Annual report of the Punjab Veterinary College and of the Civil Veterinary Department, Punjab - 1909-1919
Year: 1909
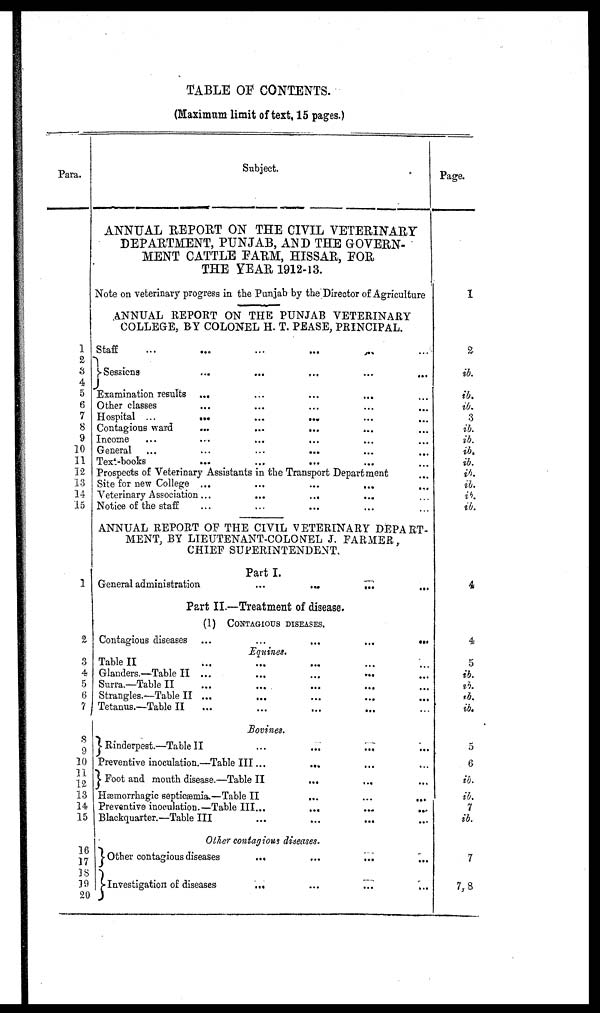
TABLE OF CONTENTS.
(Maximum limit of text, 15 pages.)
Para.
1
2
3
4
5
6
7
8
9
10
11
12
13
14
15
1
2
3
4
5
6
7
8
9
10
11
12
13
14
15
16
17
18
19
20
Subject.
ANNUAL REPORT ON THE CIVIL VETERINARY
DEPARTMENT, PUNJAB, AND THE GOVERN-
MENT CATTLE FARM, HISSAR, FOR
THE YEAR 1912-13.
Note on veterinary progress in the Punjab by the Director of Agriculture
ANNUAL REPORT ON THE PUNJAB VETERINARY
COLLEGE, BY COLONEL H. T. PEASE, PRINCIPAL.
Staff
...
...
...
...
...
...
Sessions
...
...
...
...
...
Examination results ... ... ...
Other classes
Hospital ...
...
...
...
Contagious ward
...
...
...
Income
General
...
...
...
...
Text-books
Prospects of Veterinary Assistants in the Transport Department
Site for new College ... ... ...
Veterinary Association ...
...
...
Notice of the staff
ANNUAL REPORT OF THE CIVIL VETERINARY DEPART-
MENT, BY LIEUTENANT-COLO MEL J. FARMER,
CHIEF SUPERINTENDENT.
Part I.
General administration
...
...
...
...
Part II.—Treatment of disease.
(1) CONTAGIOUS DISEASES.
Contagious diseases ...
...
...
...
...
Equines.
Table II
Glanders.—Table II ...
...
...
...
Surra.—Table II ... ...
Strangles.—Table II ... ...
Tetanus.—Table II ... ...
Bovines.
Rinderpest.—Table II ... ...
Preventive inoculation.—Table III ...
... ...
Foot and mouth disease.—Table II
... ... ...
Hæmorrhagic septicæmia.—Table II
...
...
...
Preventive inoculation.—Table III...
Blackquarter.—Table III ... ... ... ...
Other contagious diseases ... ... ... ...
Other contagious diseases
...
...
...
Investigation of diseases
...
...
...
...
Page.
1
2
ib.
ib.
ib.
3
ib.
ib.
ib.
ib.
ib.
ib.
ib.
ib.
4
4
5
ib.
ib.
ib.
ib.
5
6
ib.
ib.
7
ib.
7
7, 8